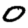
Digit: 0